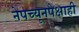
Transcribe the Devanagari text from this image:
नेपच्यूनपेक्षाही